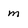
Character: m